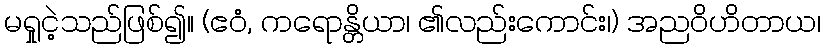
မရှုငဲ့သည်ဖြစ်၍။ (ဧဝံ, ကရောန္တိယာ၊ ၏လည်းကောင်း၊) အညဝိဟိတာယ၊